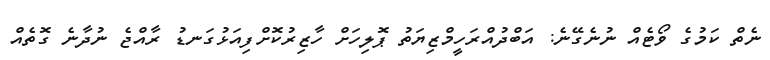
ނެތް ކަމުގެ ވޯޓެއް ނުނެގޭނެ: އަބްދުއްރަހީމްޒިޔަތުު ޕޮލިހަށް ހާޒިރުކޮށްފިއަޅުގަނޑު ރާއްޖެ ނުދާނެ ގޮތެއް